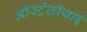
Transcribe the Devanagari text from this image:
ऑस्ट्रेलीयाई